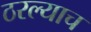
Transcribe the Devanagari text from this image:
ठरल्याच